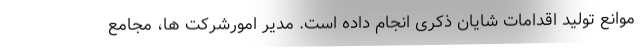
موانع تولید اقدامات شایان ذکری انجام داده است. مدیر امورشرکت ها، مجامع